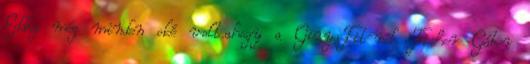
Eddig még minden oké volt.ahogy a GiryaFit-nél Fisher Gábor